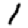
Digit: 1